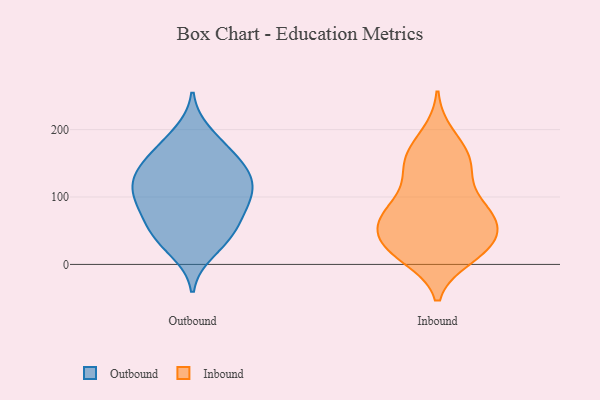
{"axis": {"x": "Churn Rate (%)", "y": "Value"}, "legend": ["Inbound", "Outbound"], "data": [{"x": "", "y": 146, "type": "Outbound"}, {"x": "", "y": 166, "type": "Outbound"}, {"x": "", "y": 74, "type": "Outbound"}, {"x": "", "y": 194, "type": "Outbound"}, {"x": "", "y": 45, "type": "Outbound"}, {"x": "", "y": 125, "type": "Outbound"}, {"x": "", "y": 20, "type": "Outbound"}, {"x": "", "y": 132, "type": "Outbound"}, {"x": "", "y": 140, "type": "Outbound"}, {"x": "", "y": 39, "type": "Outbound"}, {"x": "", "y": 48, "type": "Outbound"}, {"x": "", "y": 95, "type": "Outbound"}, {"x": "", "y": 172, "type": "Outbound"}, {"x": "", "y": 79, "type": "Outbound"}, {"x": "", "y": 112, "type": "Outbound"}, {"x": "", "y": 114, "type": "Outbound"}, {"x": "", "y": 94, "type": "Outbound"}, {"x": "", "y": 21, "type": "Inbound"}, {"x": "", "y": 99, "type": "Inbound"}, {"x": "", "y": 32, "type": "Inbound"}, {"x": "", "y": 168, "type": "Inbound"}, {"x": "", "y": 73, "type": "Inbound"}, {"x": "", "y": 26, "type": "Inbound"}, {"x": "", "y": 144, "type": "Inbound"}, {"x": "", "y": 64, "type": "Inbound"}, {"x": "", "y": 68, "type": "Inbound"}, {"x": "", "y": 79, "type": "Inbound"}, {"x": "", "y": 161, "type": "Inbound"}, {"x": "", "y": 147, "type": "Inbound"}, {"x": "", "y": 18, "type": "Inbound"}, {"x": "", "y": 77, "type": "Inbound"}, {"x": "", "y": 45, "type": "Inbound"}, {"x": "", "y": 12, "type": "Inbound"}, {"x": "", "y": 69, "type": "Inbound"}, {"x": "", "y": 28, "type": "Inbound"}, {"x": "", "y": 191, "type": "Inbound"}, {"x": "", "y": 134, "type": "Inbound"}]}